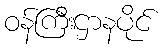
ဝန်ကြီးဌာနပိုင်